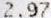
2.97